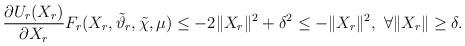
LaTeX: \begin{align*}\frac{\partial U_{r}(X_{r})}{\partial X_{r}}F_{r}(X_{r},\tilde{\vartheta}_{r},\tilde{\chi},\mu)&\leq-2\|X_{r}\|^{2}+\delta^{2}\leq-\|X_{r}\|^{2},~\forall \|X_{r}\|\geq\delta.\end{align*}